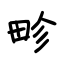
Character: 畛